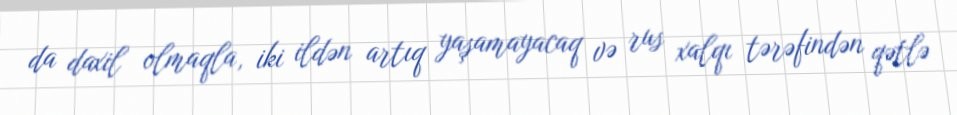
da daxil olmaqla, iki ildən artıq yaşamayacaq və rus xalqı tərəfindən qətlə